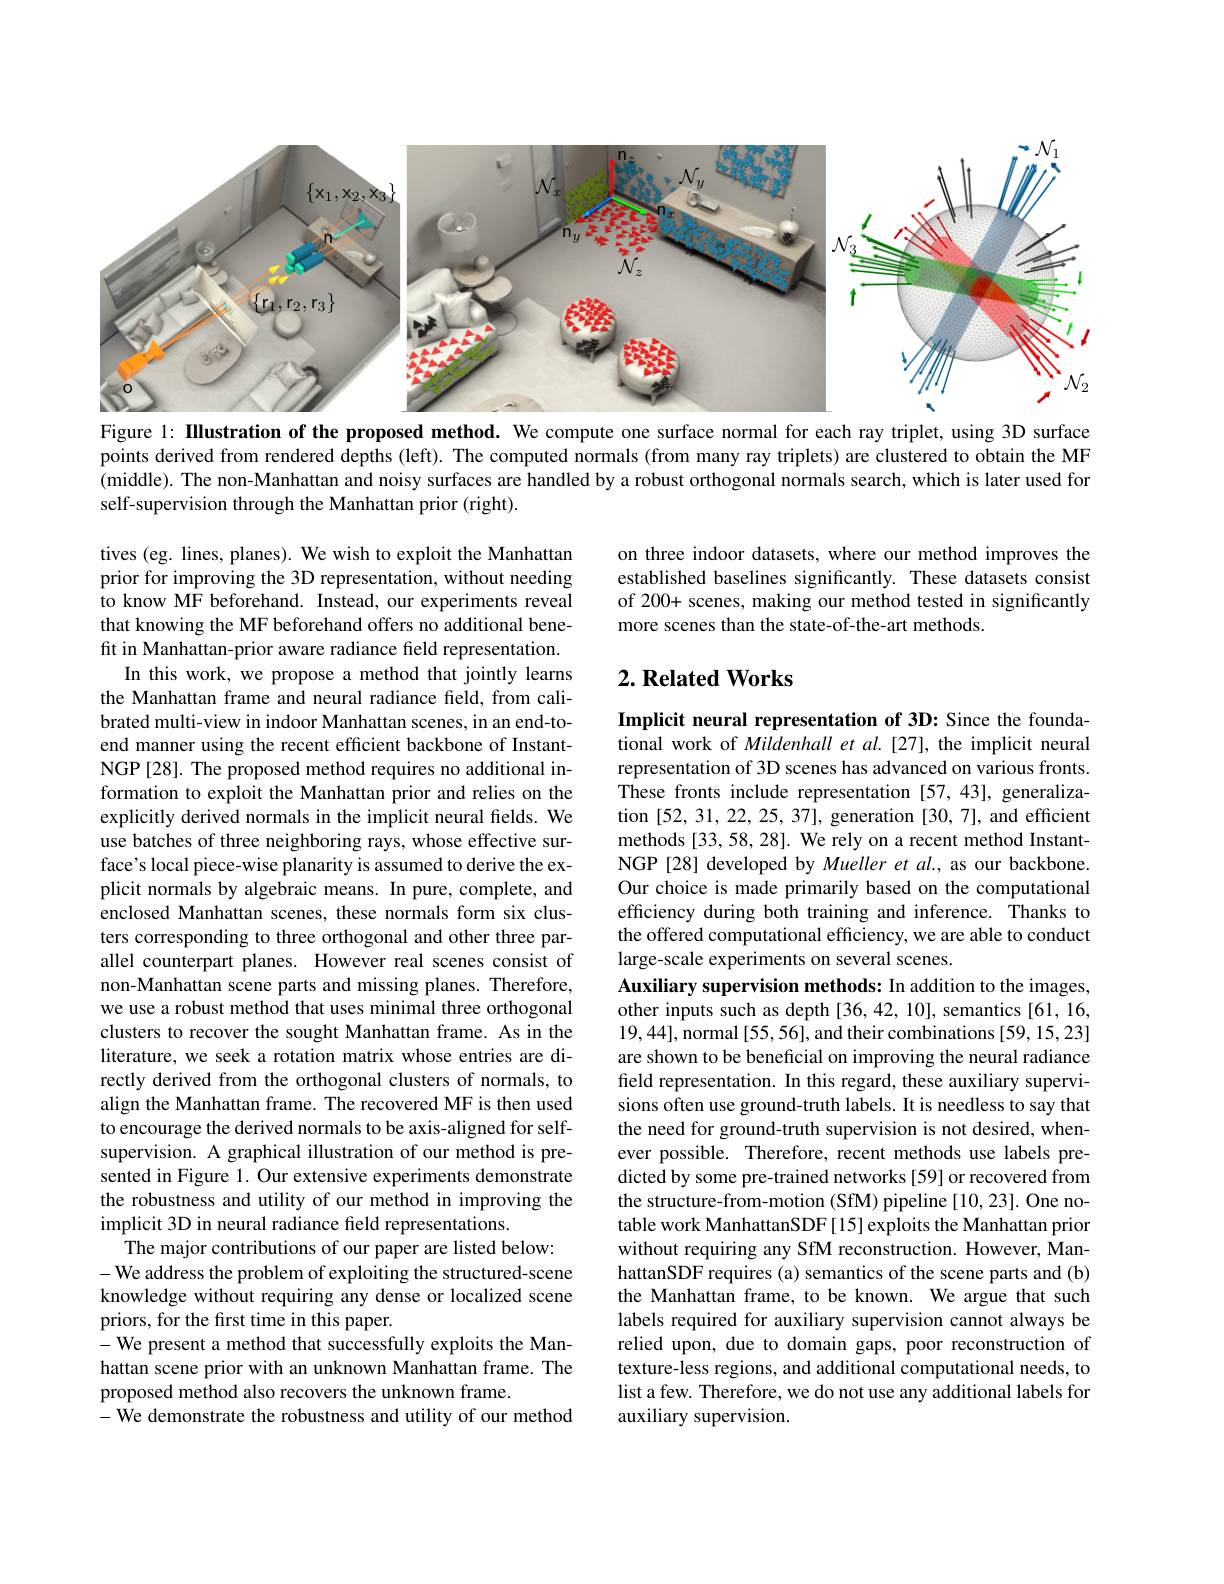
<FigureHere>
Figure 1: Illustration of the proposed method. We compute one surface normal for each ray triplet, using 3D surface

points derived from rendered depths (left). The computed normals (from many ray triplets) are clustered to obtain the MF (middle). The non-Manhattan and noisy surfaces are handled by a robust orthogonal normals search, which is later used for self-supervision through the Manhattan prior (right).

on three indoor datasets, where our method improves the established baselines significantly. These datasets consist of 200+ scenes, making our method tested in significantly more scenes than the state-of-the-art methods.

## $2. \textbf{Related Works}$

tives (eg. lines, planes). We wish to exploit the Manhattan prior for improving the 3D representation, without needing to know MF beforehand. Instead, our experiments reveal that knowing the MF beforehand offers no additional benefit in Manhattan-prior aware radiance field representation.
In this work, we propose a method that jointly learns the Manhattan frame and neural radiance field, from calibrated multi-view in indoor Manhattan scenes, in an end-toend manner using the recent efficient backbone of InstantNGP[28]. The proposed method requires no additional information to exploit the Manhattan prior and relies on the explicitly derived normals in the implicit neural fields. We use batches of three neighboring rays, whose effective surface's local piece-wise planarity is assumed to derive the explicit normals by algebraic means. In pure, complete, and enclosed Manhattan scenes, these normals form six clusters corresponding to three orthogonal and other three parallel counterpart planes. However real scenes consist of non-Manhattan scene parts and missing planes. Therefore, we use a robust method that uses minimal three orthogonal clusters to recover the sought Manhattan frame. As in the literature, we seek a rotation matrix whose entries are directly derived from the orthogonal clusters of normals, to align the Manhattan frame. The recovered MF is then used to encourage the derived normals to be axis-aligned for selfsupervision. A graphical illustration of our method is presented in Figure 1. Our extensive experiments demonstrate the robustness and utility of our method in improving the implicit 3D in neural radiance field representations.
The major contributions of our paper are listed below: -We address the problem of exploiting the structured-scene knowledge without requiring any dense or localized scene priors, for the first time in this paper.
- We present a method that successfully exploits the Manhattan scene prior with an unknown Manhattan frame. The proposed method also recovers the unknown frame.
- We demonstrate the robustness and utility of our method

Implicit neural representation of 3D: Since the foundational work of Mildenhall et al.[27], the implicit neural representation of 3D scenes has advanced on various fronts. These fronts include representation [57,43], generalization [52,31,22,25,37], generation [30,7], and efficient methods [33, 58, 28]. We rely on a recent method InstantNGP [28] developed by Mueller et al., as our backbone. Our choice is made primarily based on the computational efficiency during both training and inference. Thanks to the offered computational efficiency, we are able to conduct large-scale experiments on several scenes.
Auxiliary supervision methods: In addition to the images, other inputs such as depth [36,42,10], semantics [61,16, 19,44],normal[55,56], and their combinations[59,15,23] are shown to be beneficial on improving the neural radiance field representation. In this regard, these auxiliary supervisions often use ground-truth labels. It is needless to say that the need for ground-truth supervision is not desired, whenever possible. Therefore, recent methods use labels predicted by some pre-trained networks [59] or recovered from the structure-from-motion (SfM) pipeline [10,23]. One notable work ManhattanSDF [15] exploits the Manhattan prior without requiring any SfM reconstruction. However, ManhattanSDF requires (a) semantics of the scene parts and (b) the Manhattan frame, to be known. We argue that such labels required for auxiliary supervision cannot always be relied upon, due to domain gaps, poor reconstruction of texture-less regions, and additional computational needs, to list a few. Therefore, we do not use any additional labels for auxiliary supervision.